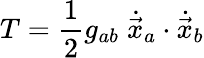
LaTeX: T=\frac{1}{2}g_{ab}\; \dot{\vec{x}}_{a}\cdot\dot{\vec{x}}_{b}